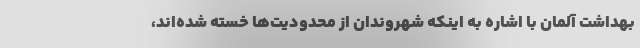
بهداشت آلمان با اشاره به اینکه شهروندان از محدودیت‌ها خسته شده‌اند،